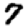
Digit: 7